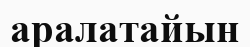
аралатайын